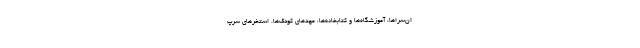
ان‌سراها، آموزشگاه‌ها و کتابخانه‌ها، مهدهای کودک‌ها. استخرهای سرپ